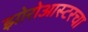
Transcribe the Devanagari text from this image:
झोरोआस्टरचा